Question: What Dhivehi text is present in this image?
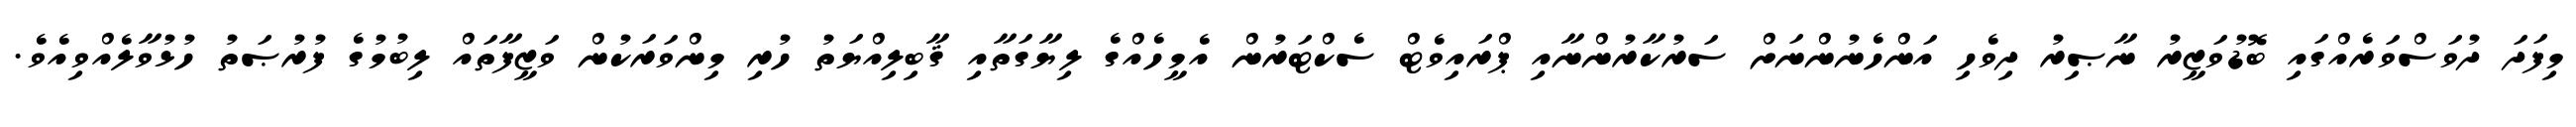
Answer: މިފަދަ ދުވަސްވަރެއްގައި ބޮޑުވަޒީރު ނާޞިރު ދިވެހި އަންހެނުންނަށް ސަރުކާރުންނާއި ޕްރައިވެޓް ސެކްޓަރުން އެމީހެއްގެ ލިޔާގަތާއި ޤާބިލިއްޔަތު ހުރި މިންވަރަކުން ވަޒީފާތައް ލިބުމުގެ ފުރުޞަތު ހުޅުވާލެއްވިއެވެ.